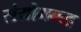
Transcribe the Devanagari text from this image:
संयोगबद्ध